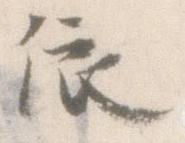
依